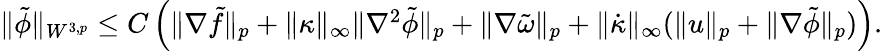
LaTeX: \begin{array}{r}{\| \tilde{\phi}\| _{W^{3,p}}\leq C\left(\| \nabla\tilde{f}\| _{p}+\| \kappa\| _{\infty}\| \nabla^{2}\tilde{\phi}\| _{p}+\| \nabla\tilde{\omega}\| _{p}+\| \dot{\kappa}\| _{\infty}(\| u\| _{p}+\| \nabla\tilde{\phi}\| _{p})\right).}\end{array}